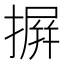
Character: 摒